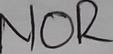
Text: NOR